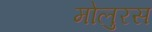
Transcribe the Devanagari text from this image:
मोलुरस